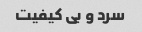
سرد و بی کیفیت